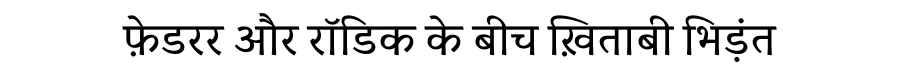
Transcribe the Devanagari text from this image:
फ़ेडरर और रॉडिक के बीच ख़िताबी भिड़ंत